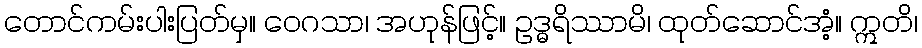
တောင်ကမ်းပါးပြတ်မှ။ ဝေဂသာ၊ အဟုန်ဖြင့်။ ဥဒ္ဓရိဿာမိ၊ ထုတ်ဆောင်အံ့။ ဣတိ၊